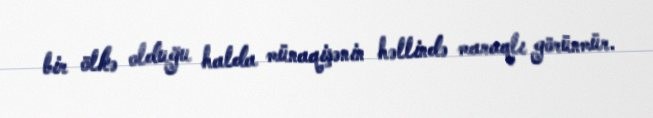
bir ölkə olduğu halda münaqişənin həllində maraqlı görünmür.